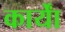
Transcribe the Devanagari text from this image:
कार्याें